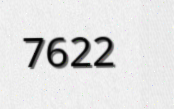
7622